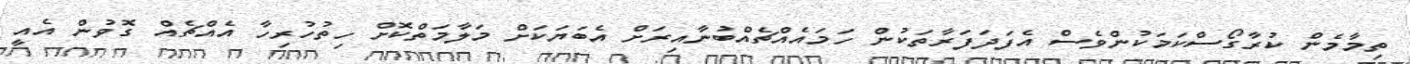
ތިމާމެން ކުރާގޯސްކަމަކުންވެސް އެފަދަފަރާތަކުން ހަމައެއްޗެއްބުނާއިރަށް އެބަޔަކަށް މަލާމަތްކޮށް ހިތުހުރިހާ އެއްޗެއް ގޮވުން އެއީ